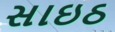
સાઇઠ